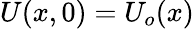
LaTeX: U(x,0)=U_{o}(x)